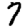
Digit: 7